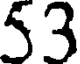
53